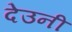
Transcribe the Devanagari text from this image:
देउनी